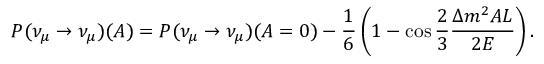
P ( \nu _ { \mu } \to \nu _ { \mu } ) ( A ) = P ( \nu _ { \mu } \to \nu _ { \mu } ) ( A = 0 ) - { \frac { 1 } { 6 } } \left( 1 - \cos { \frac { 2 } { 3 } } { \frac { \Delta m ^ { 2 } A L } { 2 E } } \right) .